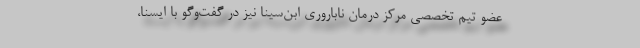
عضو تیم تخصصی مرکز درمان ناباروری ابن‌سینا نیز در گفت‌وگو با ایسنا،